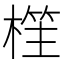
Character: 樦